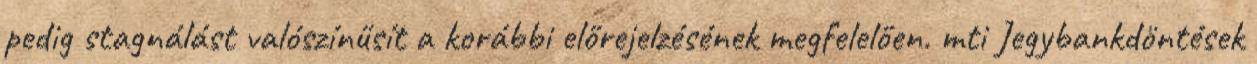
pedig stagnálást valószínűsít a korábbi előrejelzésének megfelelően. mti Jegybankdöntések